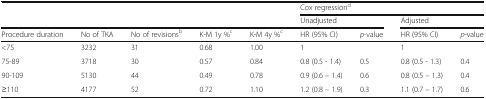
| <ROWSPAN=2-COLSPAN=5>  | <COLSPAN=4> Cox regressiond |
 | <COLSPAN=2> Unadjusted | <COLSPAN=2> Adjusted |
 | Procedure duration | No of TKA | No of revisionsb | K-M 1y %c | K-M 4y %c | HR (95% CI) | p-value | HR (95% CI) | p-value |
 | --- | --- | --- | --- | --- | --- | --- | --- | --- |
 | <75 | 3232 | 31 | 0.68 | 1.00 | 1 |  | 1 |  |
 | 75-89 | 3718 | 30 | 0.57 | 0.84 | 0.8 (0.5 - 1.4) | 0.5 | 0.8 (0.5 - 1.3) | 0.4 |
 | 90-109 | 5130 | 44 | 0.49 | 0.78 | 0.9 (0.6 – 1.4) | 0.6 | 0.8 (0.5 – 1.3) | 0.4 |
 | ≥110 | 4177 | 52 | 0.72 | 1.10 | 1.2 (0.8 – 1.9) | 0.3 | 1.1 (0.7 – 1.7) | 0.6 |